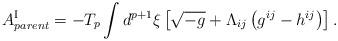
LaTeX: \begin{align*}A^{{\rm I}}_{parent}=-T_{p}\int d^{p+1}{\xi}\left[\sqrt{-g}+{\Lambda}_{ij}\left(g^{ij}-h^{ij}\right)\right].\end{align*}